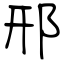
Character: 邢